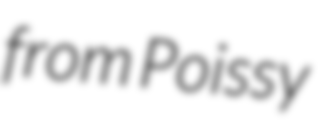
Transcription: from Poissy